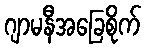
ဂျာမနီအခြေစိုက်